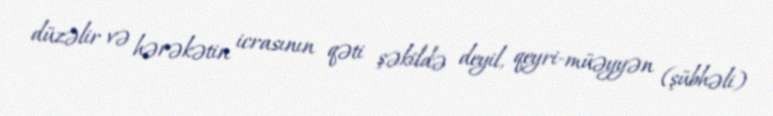
düzəlir və hərəkətin icrasının qəti şəkildə deyil, qeyri-müəyyən (şübhəli)